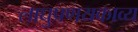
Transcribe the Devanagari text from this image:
लाघुप्रणयकाव्य